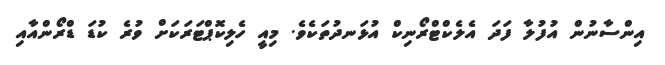
އިންސާނުން އުފުލާ ފަދަ އެލެކްޓްރޯނިކް އުޅަނދުތަކެވެ. މިއީ ހެލިކޮޕްޓަރަކަށް ވުރެ ކުޑަ ޑްރޯންއާއި